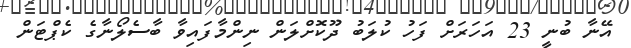
އޭނާ ބުނީ 23 އަހަރަށް ފަހު ކުލަބު ދޫކޮށްލަން ނިންމާފައިވާ ބާސެލޯނާގެ ކެޕްޓަން